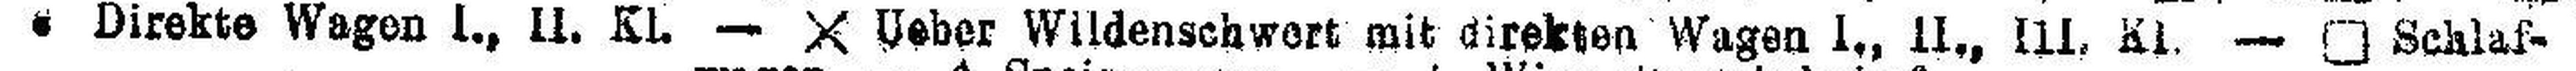
### Direkte Wagen I., II. KL — X Ueber Wildenschwert mit direkten Wagen I., II„ III. Kl. — □ Schlaf¬